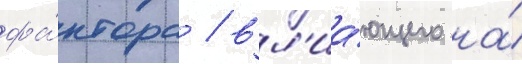
фа́ктора / вл'иа́ющего на́